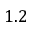
1 . 2